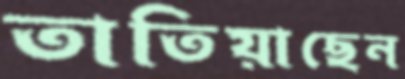
তাতিয়াছেন